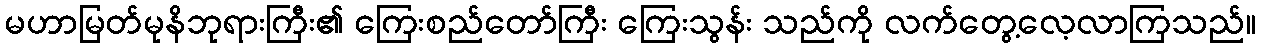
မဟာမြတ်မုနိဘုရားကြီး၏ ကြေးစည်တော်ကြီး ကြေးသွန်း သည်ကို လက်တွေ့လေ့လာကြသည်။